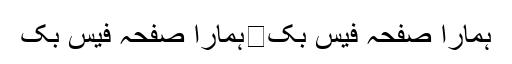
ہمارا صفحہ فیس بک	ہمارا صفحہ فیس بک